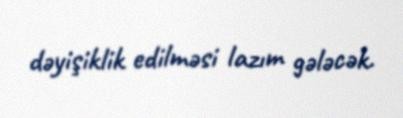
dəyişiklik edilməsi lazım gələcək.